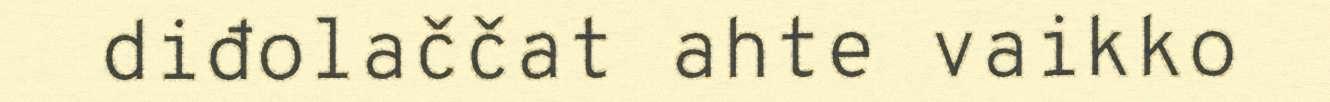
diđolaččat ahte vaikko